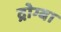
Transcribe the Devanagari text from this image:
द्रोग्बा